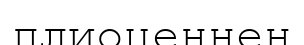
плиоценнен